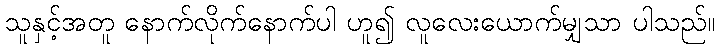
သူနှင့်အတူ နောက်လိုက်နောက်ပါ ဟူ၍ လူလေးယောက်မျှသာ ပါသည်။